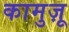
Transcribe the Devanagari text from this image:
कामुज़ू